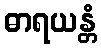
ဓာရယန္တံ